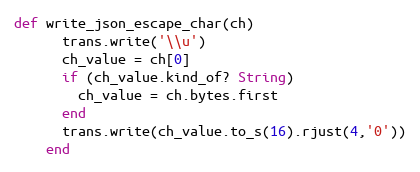
Language: Ruby
def write_json_escape_char(ch)
      trans.write('\\u')
      ch_value = ch[0]
      if (ch_value.kind_of? String)
        ch_value = ch.bytes.first
      end
      trans.write(ch_value.to_s(16).rjust(4,'0'))
    end